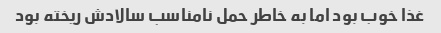
غذا خوب بود اما به خاطر حمل نامناسب سالادش ریخته بود